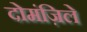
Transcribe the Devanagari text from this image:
दोमंज़िले